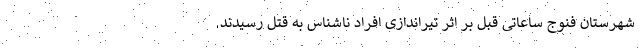
شهرستان فنوج ساعاتی قبل بر اثر تیراندازی افراد ناشناس به قتل رسیدند.